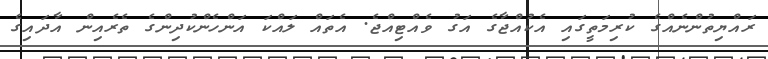
ރައްޔިތުންނެއްގެ ކުރިމަތީގައި އެކުއްޖާގެ އަގު ވެއްޓިއްޖެ. އެތައް ލައްކަ އަންހެންކުދިންގެ ތެރެއިން އާދައިގެ